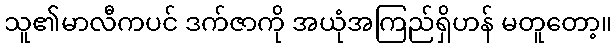
သူ၏မာလီကပင် ဒက်ဇာကို အယုံအကြည်ရှိဟန် မတူတော့။